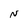
Character: N